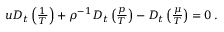
\begin{array} { r } { u D _ { t } \left( \frac { 1 } { T } \right) + \rho ^ { - 1 } D _ { t } \left( \frac { p } { T } \right) - D _ { t } \left( \frac { \mu } { T } \right) = 0 \, . } \end{array}